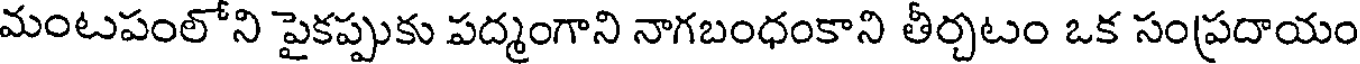
మంటపంలోని పైకప్పుకు పద్మంగాని నాగబంధంకాని తీర్చటం ఒక సంప్రదాయం